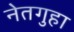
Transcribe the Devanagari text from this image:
नेतगुहा